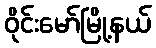
ဝိုင်းမော်မြို့နယ်